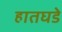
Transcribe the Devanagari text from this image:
हातघडे